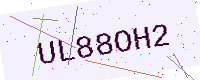
Text: UL88OH2